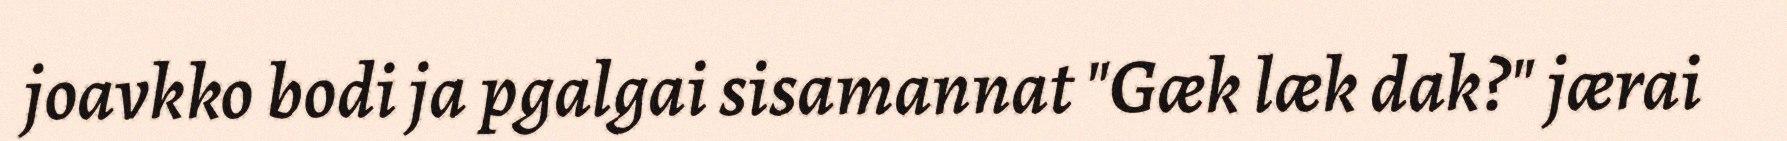
joavkko bodi ja pgalgai sisamannat "Gæk læk dak?" jærai